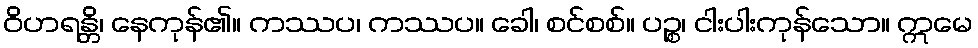
ဝိဟရန္တိ၊ နေကုန်၏။ ကဿပ၊ ကဿပ။ ခေါ၊ စင်စစ်။ ပဉ္စ၊ ငါးပါးကုန်သော။ ဣမေ